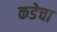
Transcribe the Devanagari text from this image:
कडेचा